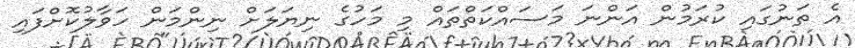
އެ ތަނުގައި ކުރަމުން އަންނަ މަސައްކަތްތައް މި މަހުގެ ނިޔަލަށް ނިންމަން ހަވާލުކޮށްފައި